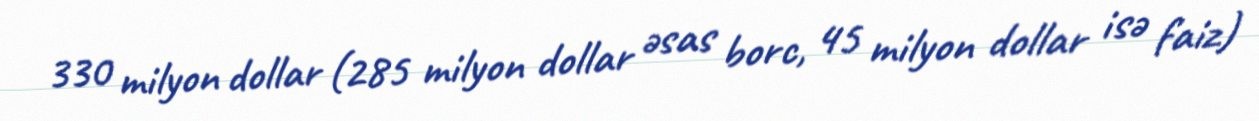
330 milyon dollar (285 milyon dollar əsas borc, 45 milyon dollar isə faiz)